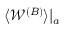
\langle \mathcal { W } ^ { ( B ) } \rangle | _ { a }